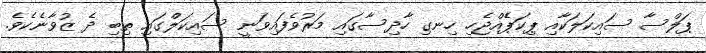
ޕަލްސާ ސައިކަލަކާއި ޕިކަޕެެއްޖެހި ހިނގި ހާދިސާގައި މަރުވެފައިވަނީ ސައިކަލްގައި ތިބި ދެ ޒުވާނެކެވެ.